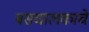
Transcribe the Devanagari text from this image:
बसचालकाचे